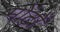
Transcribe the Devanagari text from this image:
मोंटों